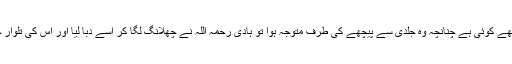
خارجی نے سمجھا کہ پیچھے کوئی ہے چنانچہ وہ جلدی سے پیچھے کی طرف متوجہ ہوا تو ہادی رحمہ اللہ نے چھلانگ لگا کر اسے دبا لیا اور اس کی تلوار چھین کر اسے قتل کر دیا ۔